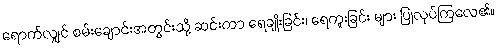
ရောက်လျှင် စမ်းချောင်းအတွင်းသို့ ဆင်းကာ ရေချိုးခြင်း၊ ရေကူးခြင်း များ ပြုလုပ်ကြလေ၏။